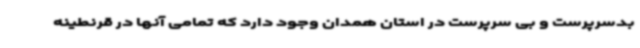
بدسرپرست و بی سرپرست در استان همدان وجود دارد که تمامی آنها در قرنطینه